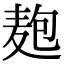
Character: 𮮆